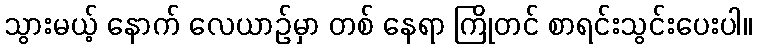
သွားမယ့် နောက် လေယာဉ်မှာ တစ် နေရာ ကြိုတင် စာရင်းသွင်းပေးပါ။